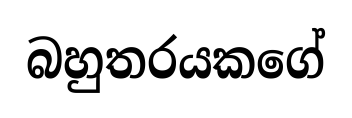
බහුතරයකගේ